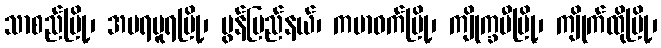
သာစည်မြို့၊ အမရပူရမြို့၊ မွန်ပြည်နယ်၊ ကမာဝက်မြို့၊ ကျိုက္ခမီမြို့၊ ကျိုက်ထိုမြို့၊